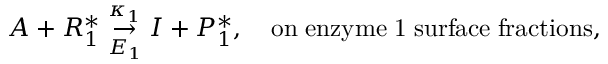
A + R _ { 1 } ^ { * } \underset { E _ { 1 } } { \stackrel { \kappa _ { 1 } } { \rightarrow } } I + P _ { 1 } ^ { * } , \quad \mathrm { o n \; e n z y m e \; 1 \; s u r f a c e \; f r a c t i o n s } ,